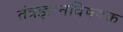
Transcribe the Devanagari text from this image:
तंत्रज्ञानविषयक